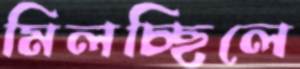
মিলচ্ছিলে